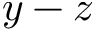
y - z